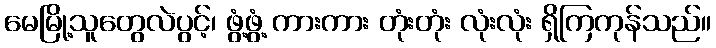
မေမြို့သူတွေလဲပွင့်၊ ဖွံ့ဖွံ့ ကားကား တုံးတုံး လုံးလုံး ရှိကြကုန်သည်။